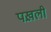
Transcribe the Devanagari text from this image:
पख़ली